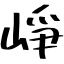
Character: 崢